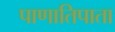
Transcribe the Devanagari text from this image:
पाणातिपाता